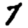
Digit: 7